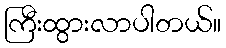
ကြီးထွားလာပါတယ်။